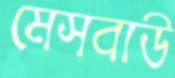
মেসবাউ